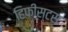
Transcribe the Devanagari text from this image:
हिफीस्टस